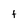
Character: f